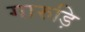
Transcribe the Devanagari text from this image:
गारुड़ि